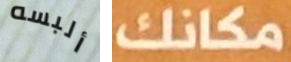
ألبسه مكانك